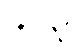
၄၂၃